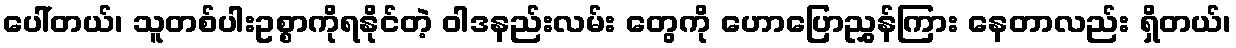
ပေါ်တယ်၊ သူတစ်ပါးဥစ္စာကိုရနိုင်တဲ့ ဝါဒနည်းလမ်း တွေကို ဟောပြောညွှန်ကြား နေတာလည်း ရှိတယ်၊